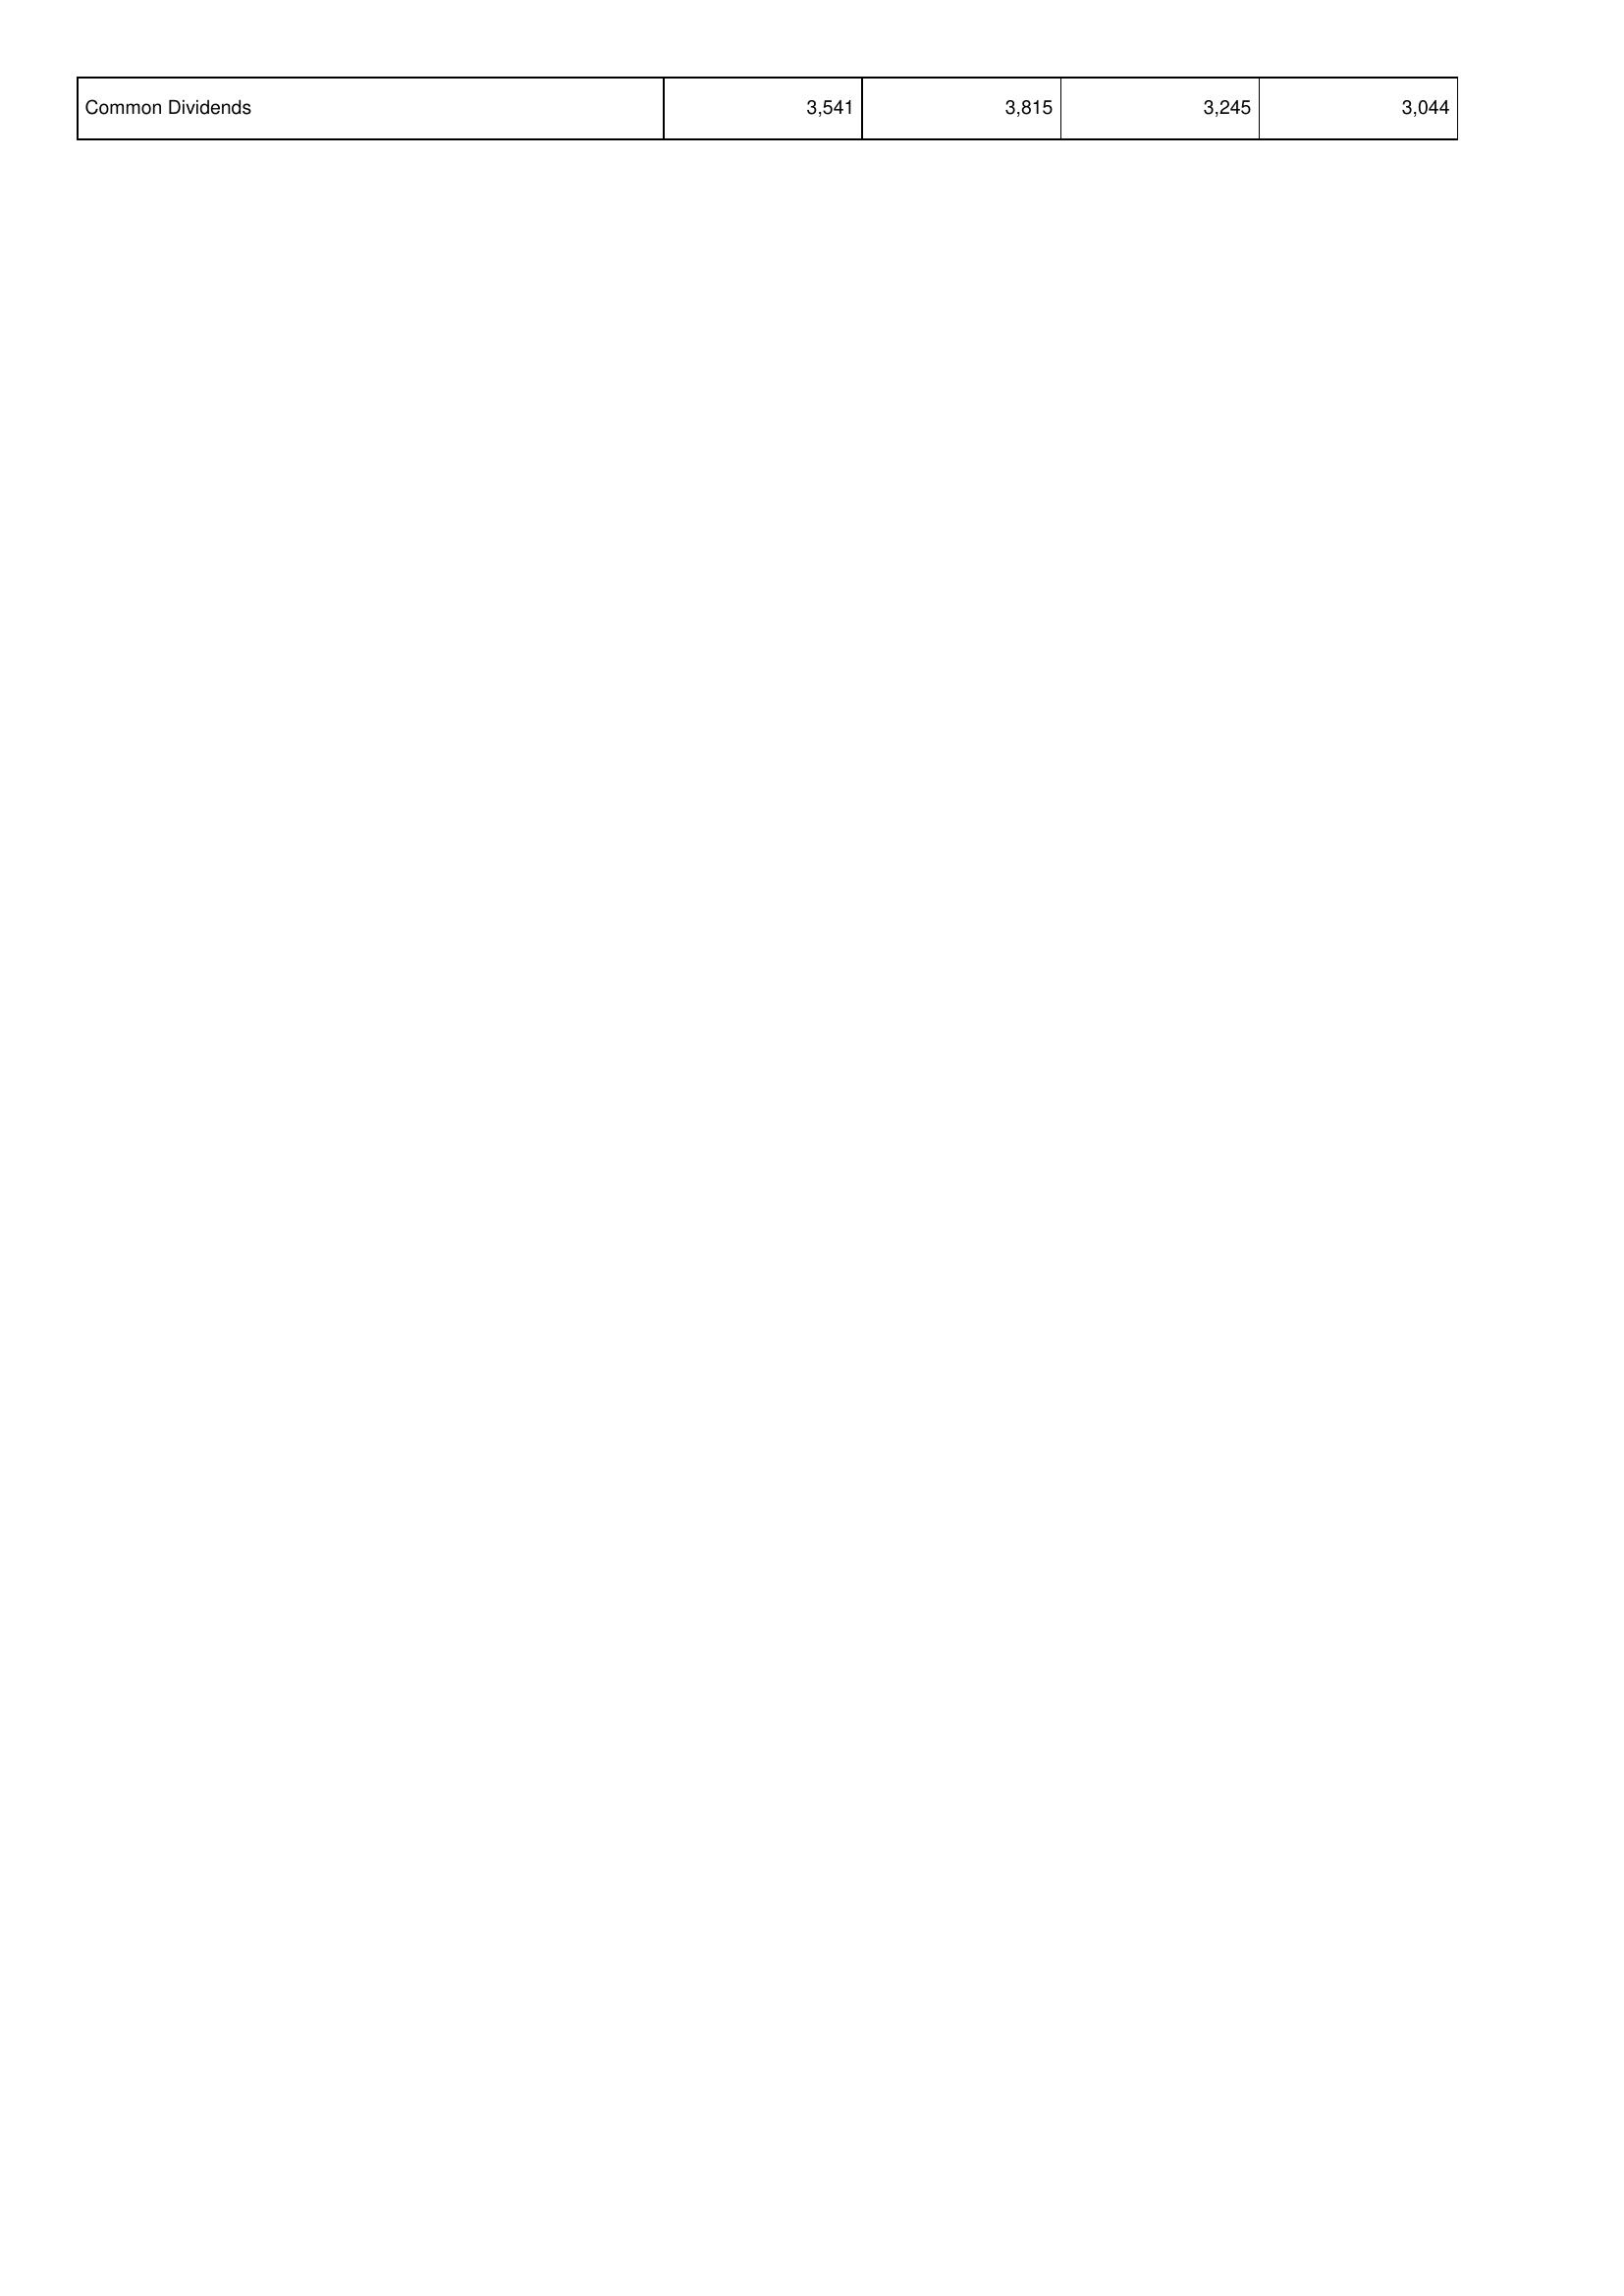
2021: Financing Activities: Common Dividends: 3,541
2020: Financing Activities: Common Dividends: 3,815
2019: Financing Activities: Common Dividends: 3,245
2018: Financing Activities: Common Dividends: 3,044